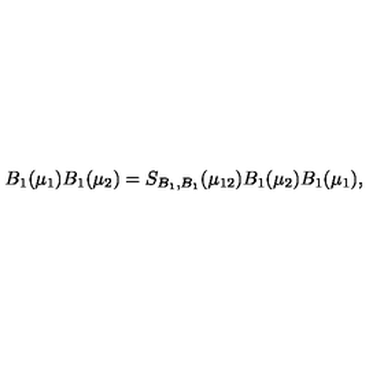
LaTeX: B _ { 1 } ( \mu _ { 1 } ) B _ { 1 } ( \mu _ { 2 } ) = S _ { B _ { 1 } , B _ { 1 } } ( \mu _ { 1 2 } ) B _ { 1 } ( \mu _ { 2 } ) B _ { 1 } ( \mu _ { 1 } ) ,